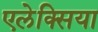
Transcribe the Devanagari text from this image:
एलेक्सिया